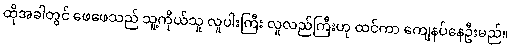
ထိုအခါတွင် ဖေဖေသည် သူ့ကိုယ်သူ လူပါးကြီး လူလည်ကြီးဟု ထင်ကာ ကျေနပ်နေဦးမည်။